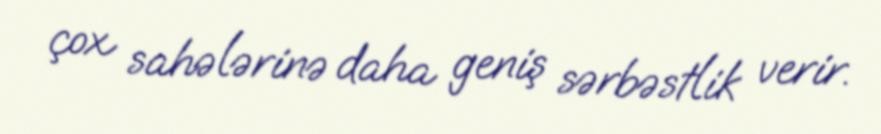
çox sahələrinə daha geniş sərbəstlik verir.